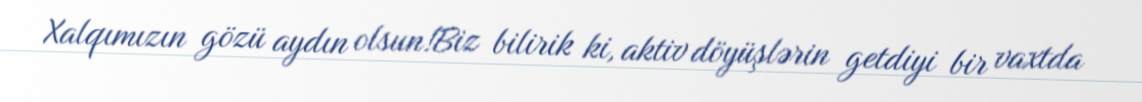
Xalqımızın gözü aydın olsun!Biz bilirik ki, aktiv döyüşlərin getdiyi bir vaxtda